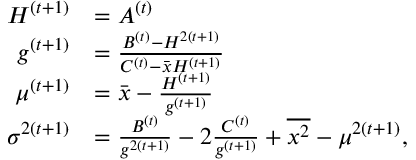
\begin{array} { r l } { H ^ { ( t + 1 ) } } & { = A ^ { ( t ) } } \\ { g ^ { ( t + 1 ) } } & { = \frac { B ^ { ( t ) } - H ^ { 2 ( t + 1 ) } } { C ^ { ( t ) } - \bar { x } H ^ { ( t + 1 ) } } } \\ { \mu ^ { ( t + 1 ) } } & { = \bar { x } - \frac { H ^ { ( t + 1 ) } } { g ^ { ( t + 1 ) } } } \\ { \sigma ^ { 2 ( t + 1 ) } } & { = \frac { B ^ { ( t ) } } { g ^ { 2 ( t + 1 ) } } - 2 \frac { C ^ { ( t ) } } { g ^ { ( t + 1 ) } } + \overline { { x ^ { 2 } } } - \mu ^ { 2 ( t + 1 ) } , } \end{array}